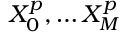
X _ { 0 } ^ { p } , \hdots X _ { M } ^ { p }